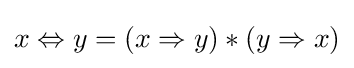
x\Leftrightarrow y=(x\Rightarrow y)*(y\Rightarrow x)